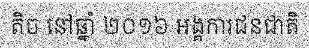
តិច នៅឆ្នាំ ២០១៦ អង្គការជនជាតិ